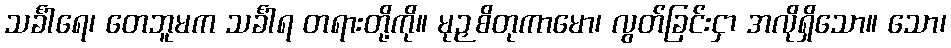
သင်္ခါရေ၊ တေဘူမက သင်္ခါရ တရားတို့ကို။ မုဉှစိတုကာမော၊ လွတ်ခြင်းငှာ အလိုရှိသော။ သော၊